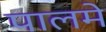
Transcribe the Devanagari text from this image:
पालमे